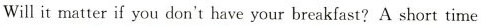
Will it matter if you don't have your breakfast? A short time